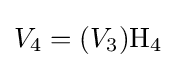
V_{4}=(V_{3})\mathrm {H_{4}}